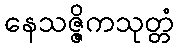
နေသဇ္ဇိကသုတ္တံ